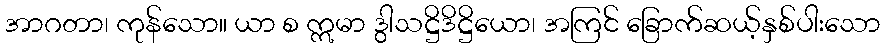
အာဂတာ၊ ကုန်သော။ ယာ စ ဣမာ ဒွါသဋ္ဌိဒိဋ္ဌိယော၊ အကြင် ခြောက်ဆယ့်နှစ်ပါးသော